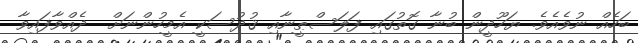
ބަހެއް ނުވެއެވެ. ޔަހޫދީން ބުނާ ގޮތުގައި ފަލަސްޠީނާއި ޤުދުސަކީ އެމީހުންނަށް  ދެއްވާފައިވާ